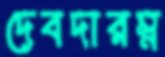
দেবদারম্ন